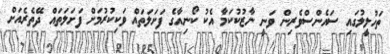
ތަހުލީލުގައި ސައެންސްވެރިން ވަނީ ނާޒުކުކަމާ އެކު ކޯނިއާގެ ފަށަލަތައް ވަކިކުރުމަށް ފަށަލަތައް ދޭތެރެއަށް